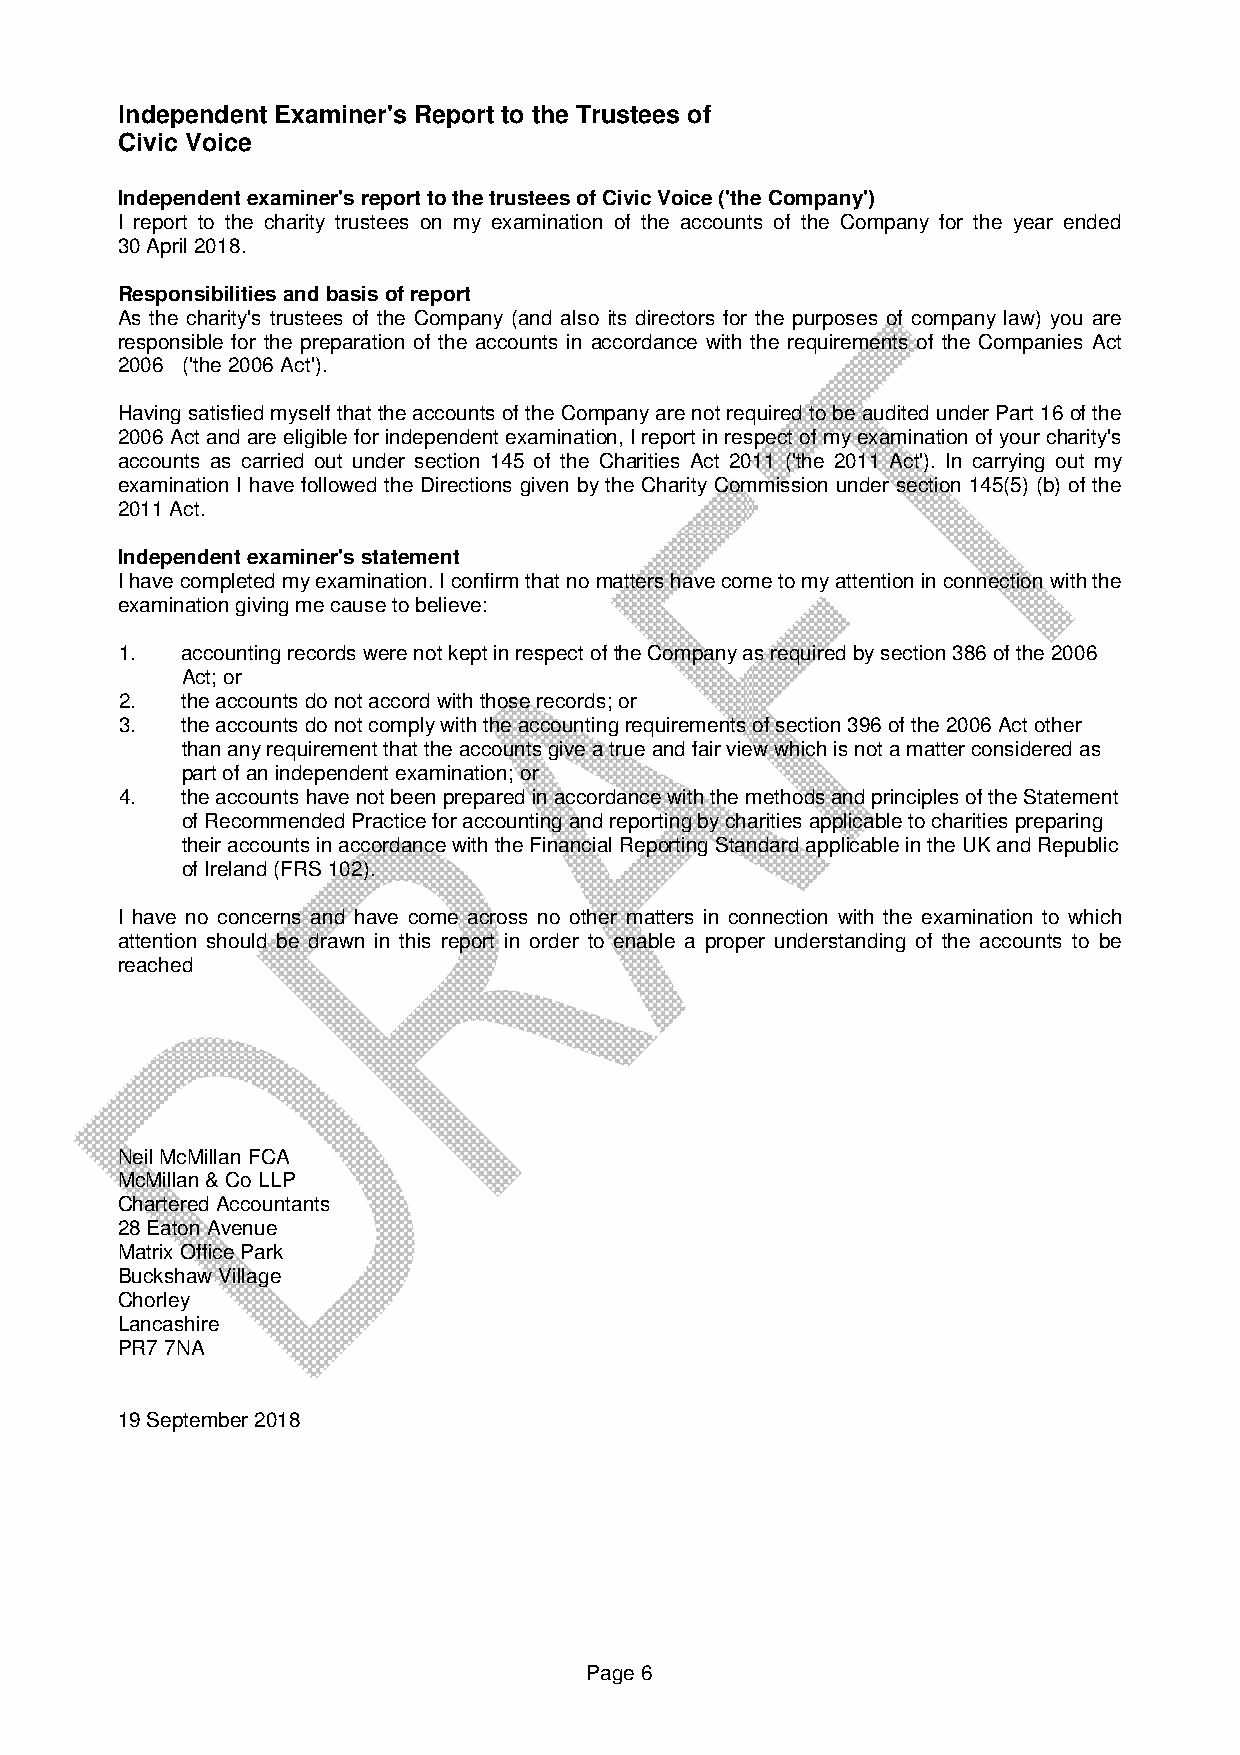
Independent Examiner's Report to the Trustees of
 Civic Voice
 Independent examiner's report to the trustees of Civic Voice ('the Company')
 I report to the charity trustees on my examination of the accounts of the Company for the year ended
 30 April 2018.
 Responsibilities and basis of report
 As the charity's trustees of the Company (and also its directors for the purposes of company law) you are
 responsible for the preparation of the accounts in accordance with the requirements of the Companies Act
 2006 ('the 2006 Act').
 Having satisfied myself that the accounts of the Company are not required to be audited under Part 16 of the
 2006 Act and are eligible for independent examination, I report in respect of my examination of your charity's
 accounts as carried out under section 145 of the Charities Act 2011 ('the 2011 Act'). In carrying out my
 examination I have followed the Directions given by the Charity Commission under section 145(5) (b) of the
 2011 Act.
 Independent examiner's statement
 I have completed my examination. I confirm that no matters have come to my attention in connection with the
 examination giving me cause to believe:
 1.  accounting records were not kept in respect of the Company as required by section 386 of the 2006
 Act; or
 2.  the accounts do not accord with those records; or
 3.  the accounts do not comply with the accounting requirements of section 396 of the 2006 Act other
 than any requirement that the accounts give a true and fair view which is not a matter considered as
 part of an independent examination; or
 4.  the accounts have not been prepared in accordance with the methods and principles of the Statement
 of Recommended Practice for accounting and reporting by charities applicable to charities preparing
 their accounts in accordance with the Financial Reporting Standard applicable in the UK and Republic
 of Ireland (FRS 102).
 I have no concerns and have come across no other matters in connection with the examination to which
 attention should be drawn in this report in order to enable a proper understanding of the accounts to be
 reached
 Neil McMillan FCA
 McMillan & Co LLP
 Chartered Accountants
 28 Eaton Avenue
 Matrix Office Park
 Buckshaw Village
 Chorley
 Lancashire
 PR7 7NA
 19 September 2018
 Page 6